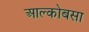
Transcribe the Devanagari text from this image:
आल्कोबसा